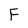
Character: F